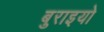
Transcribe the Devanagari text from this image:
बुराइयो